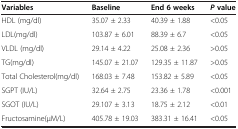
<table><thead><tr><td><b>Variables</b></td><td><b>Baseline</b></td><td><b>End 6 weeks</b></td><td><b><i>P</i>value</b></td></tr></thead><tbody><tr><td>HDL (mg/dl)</td><td>35.07 ± 2.33</td><td>40.39 ± 1.88</td><td>&lt;0.05</td></tr><tr><td>LDL(mg/dl)</td><td>103.87 ± 6.01</td><td>88.39 ± 6.7</td><td>&lt;0.05</td></tr><tr><td>VLDL (mg/dl)</td><td>29.14 ± 4.22</td><td>25.08 ± 2.36</td><td>&gt;0.05</td></tr><tr><td>TG(mg/dl)</td><td>145.07 ± 21.07</td><td>129.35 ± 11.87</td><td>&gt;0.05</td></tr><tr><td>Total Cholesterol(mg/dl)</td><td>168.03 ± 7.48</td><td>153.82 ± 5.89</td><td>&lt;0.05</td></tr><tr><td>SGPT (IU/L)</td><td>32.64 ± 2.75</td><td>23.36 ± 1.78</td><td>&lt;0.001</td></tr><tr><td>SGOT (IU/L)</td><td>29.107 ± 3.13</td><td>18.75 ± 2.12</td><td>&lt;0.01</td></tr><tr><td>Fructosamine(μM/L)</td><td>405.78 ± 19.03</td><td>383.31 ± 16.41</td><td>&lt;0.05</td></tr></tbody></table>